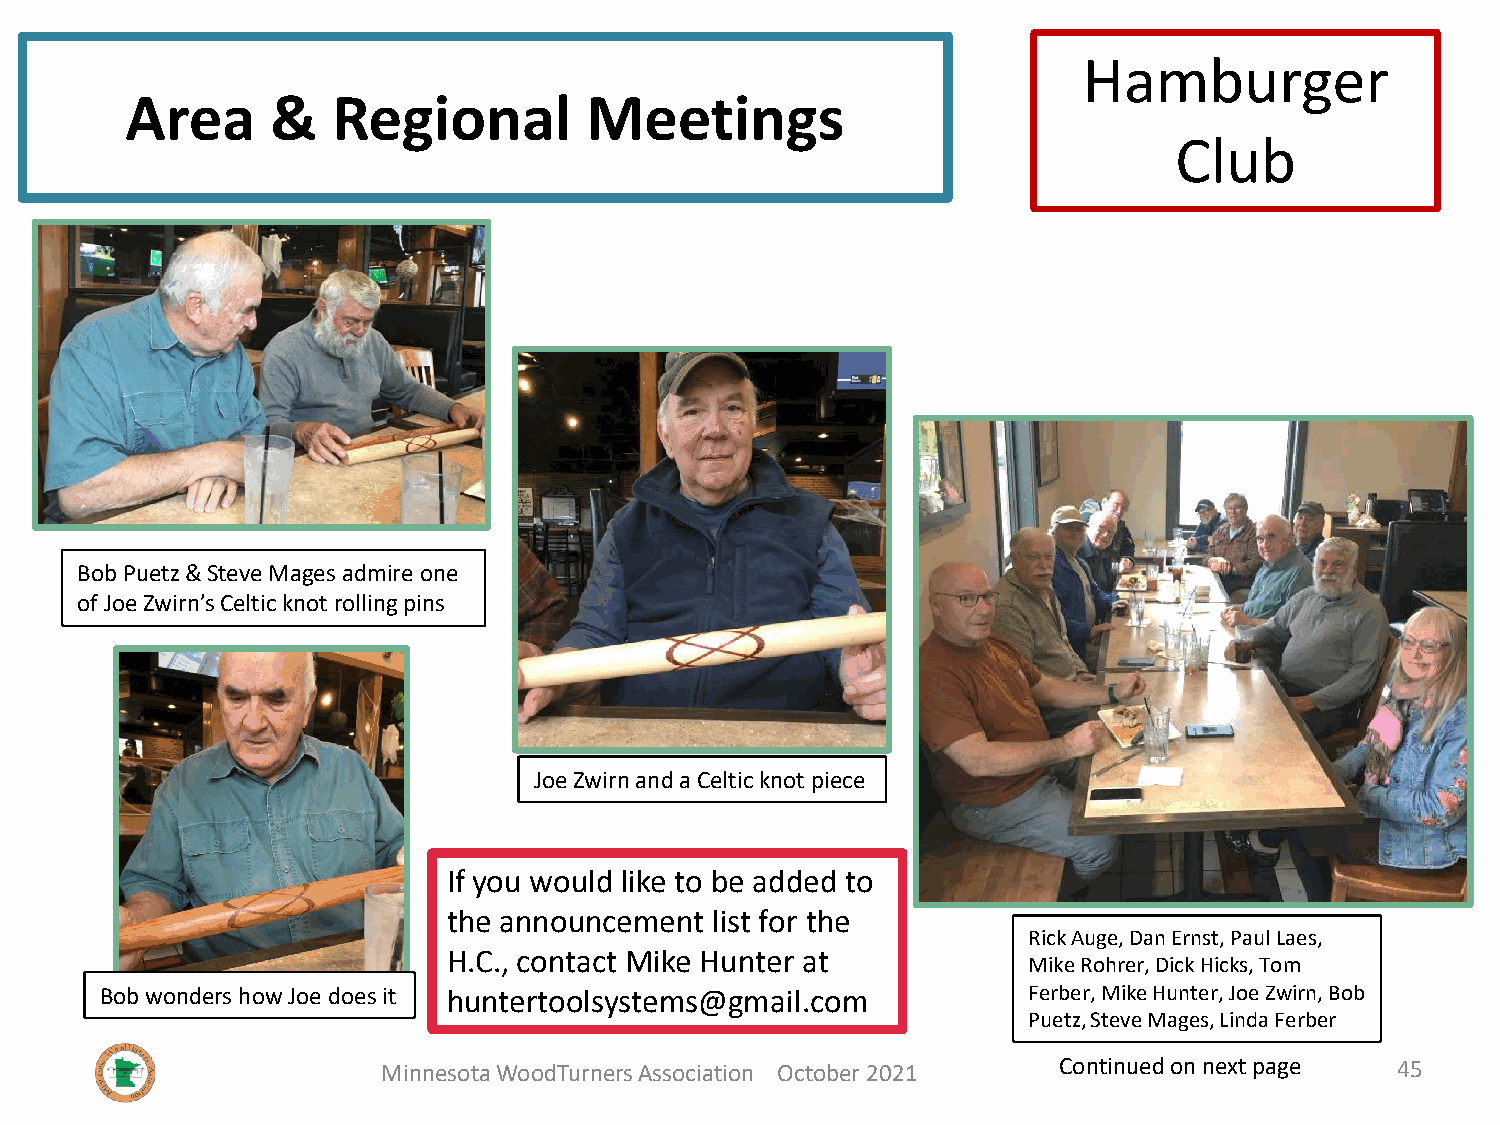
Hamburger
 Area      &   Regional         Meetings
 Club
 Bob Puetz& Steve Mages admire one
 of Joe Zwirn’sCeltic knot rolling pins
 Joe Zwirnand a Celtic knot piece
 If you would like to be added to
 the announcement list for the
 Rick Auge, Dan Ernst, Paul Laes,
 H.C., contact Mike Hunter at
 Mike Rohrer, Dick Hicks, Tom
 Bob wonders how Joe does it huntertoolsystems@gmail.com      Ferber, Mike Hunter, Joe Zwirn, Bob
 Puetz, Steve Mages, Linda Ferber
 Minnesota WoodTurners Association October 2021 Continued on next page 45